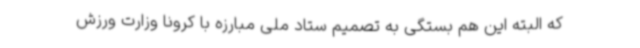
که البته این هم بستگی به تصمیم ستاد ملی مبارزه با کرونا وزارت ورزش